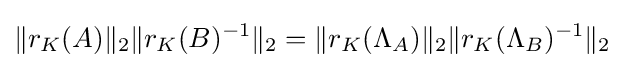
\|r_{K}(A)\|_{2}\|r_{K}(B)^{-1}\|_{2}=\|r_{K}(\Lambda _{A})\|_{2}\|r_{K}(\Lambda _{B})^{-1}\|_{2}